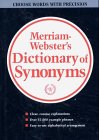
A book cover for Webster's New Dictionary of Synonyms: A Dictionary of Discriminated Synonyms with Antonyms and Analogous and Contrasted Words; Merriam-Webster; Reference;